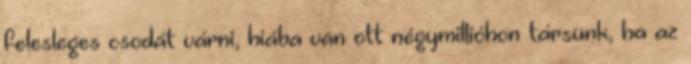
felesleges csodát várni, hiába van ott négymillióhonﬁtársunk, ha az